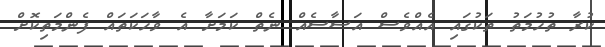
ކުރާ ތުހުމަތު ތަކުގައި އެއްވެސް އަސާސެއް ނެތް ކަމަށާ އެ ވާހަކަތައް ފެންމަތިކޮށް